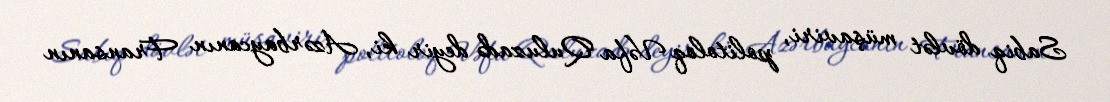
Sabiq dövlət müşaviri, politoloq Vəfa Quluzadə deyir ki, Azərbaycanın Fransanın